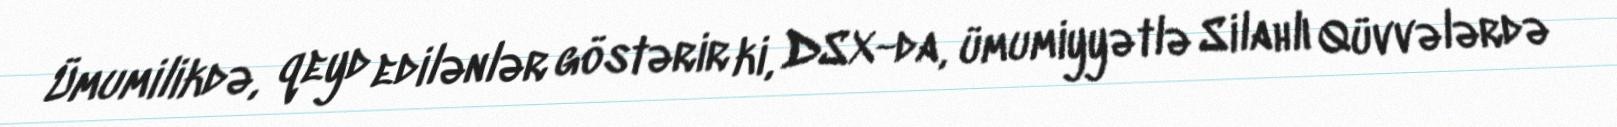
Ümumilikdə, qeyd edilənlər göstərir ki, DSX-da, ümumiyyətlə Silahlı Qüvvələrdə